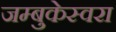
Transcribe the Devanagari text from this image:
जम्बुकेस्वरा